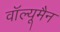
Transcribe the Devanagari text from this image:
वॉल्यूमैन